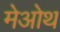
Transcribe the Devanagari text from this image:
मेओथ